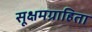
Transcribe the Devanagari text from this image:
सूक्षमग्राहिता